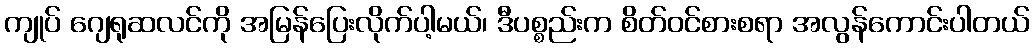
ကျုပ် ဂျေရုဆလင်ကို အမြန်ပြေးလိုက်ပါ့မယ်၊ ဒီပစ္စည်းက စိတ်ဝင်စားစရာ အလွန်ကောင်းပါတယ်